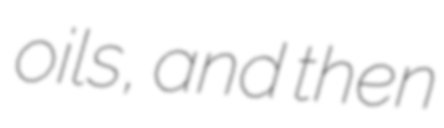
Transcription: oils, and then